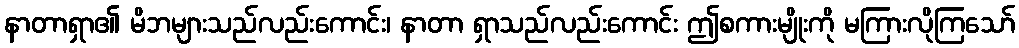
နာတာရှာ၏ မိဘများသည်လည်းကောင်း၊ နာတာ ရှာသည်လည်းကောင်း ဤစကားမျိုးကို မကြားလိုကြသော်